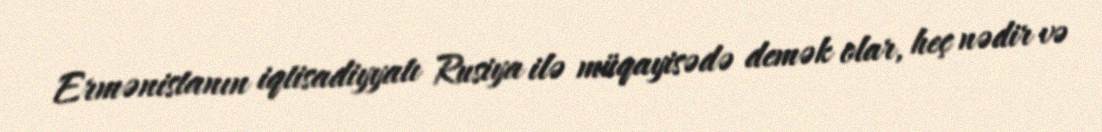
Ermənistanın iqtisadiyyatı Rusiya ilə müqayisədə demək olar, heç nədir və